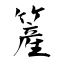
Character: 簅